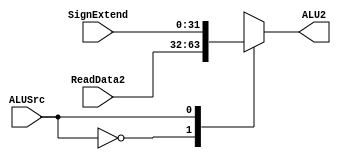
`timescale 1ns / 1ns
//////////////////////////////////////////////////////////////////////////////////
// Company: 
// Engineer: 
// 
// Design Name: 
// Module Name:    ALU_mux 
// Project Name: 
// Target Devices: 
// Tool versions: 
// Description: 
//
// Dependencies: 
//
// Revision: 
// Revision 0.01 - File Created
// Additional Comments: 
//
//////////////////////////////////////////////////////////////////////////////////
module ALU_mux(
	ReadData2, SignExtend, ALU2, ALUSrc
    );

	input [31:0] ReadData2, SignExtend;
	output reg[31:0] ALU2;
	input ALUSrc;
	
	always@(*) begin
		case(ALUSrc)
			1'b0: ALU2 = ReadData2;
			1'b1: ALU2 = SignExtend;
		endcase
	end

endmodule